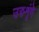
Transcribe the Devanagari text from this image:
उरुशृंगे